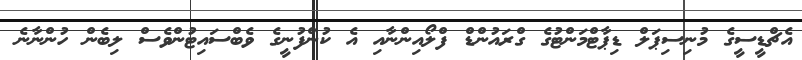
އެޗްޑީސީގެ މުނިސިޕަލް ޑިޕާޓްމަންޓުގެ ގްރައުންޑް ފްލޯއިންނާއި އެ ކުންފުނީގެ ވެބްސައިޓުންވެސް ލިބެން ހުންނާނެ